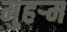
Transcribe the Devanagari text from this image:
मुहर्‍म